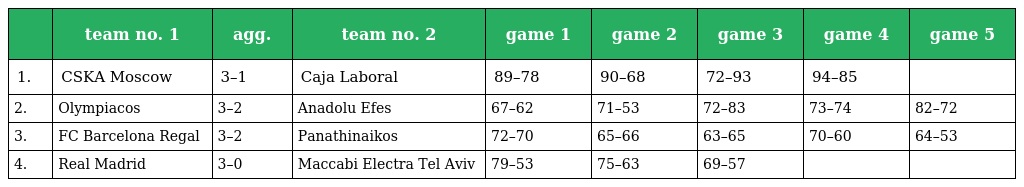
|  | team no. 1 | agg. | team no. 2 | game 1 | game 2 | game 3 | game 4 | game 5 |
 | --- | --- | --- | --- | --- | --- | --- | --- | --- |
 | 1. | CSKA Moscow | 3–1 | Caja Laboral | 89–78 | 90–68 | 72–93 | 94–85 |  |
 | 2. | Olympiacos | 3–2 | Anadolu Efes | 67–62 | 71–53 | 72–83 | 73–74 | 82–72 |
 | 3. | FC Barcelona Regal | 3–2 | Panathinaikos | 72–70 | 65–66 | 63–65 | 70–60 | 64–53 |
 | 4. | Real Madrid | 3–0 | Maccabi Electra Tel Aviv | 79–53 | 75–63 | 69–57 |  |  |